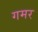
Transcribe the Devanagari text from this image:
गमर